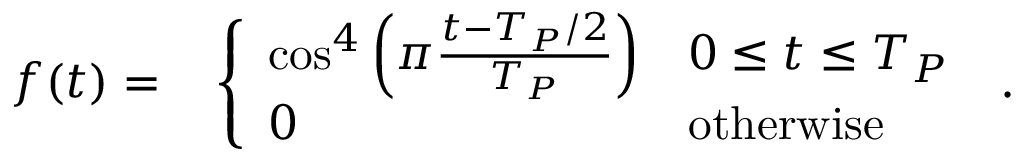
\begin{array} { r l } { f ( t ) = } & { { } \left\{ \begin{array} { l l } { \cos ^ { 4 } \left( \pi \frac { t - T _ { P } / 2 } { T _ { P } } \right) } & { 0 \leq t \leq T _ { P } } \\ { 0 } & { \mathrm { o t h e r w i s e } } \end{array} \right. \; . } \end{array}